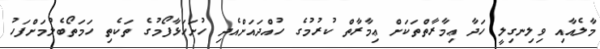
މާލެއާއި ވިލިނގިލީ ހަދާ ޢިމާރާތްތަކަށް ޢިމާރާތް ކުރުމުގެ ހުއްދައަށްއެދި ހުށަހަޅާފޯމުގެ ތަކެތި ހަމަތޯބެލުމަށްފަހު